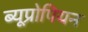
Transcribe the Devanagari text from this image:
ब्यूप्रोपियन